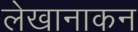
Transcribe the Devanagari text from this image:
लेखानाकन